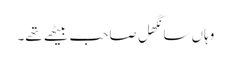
وہاں سانگھل صاحب بیٹھے تھے۔